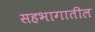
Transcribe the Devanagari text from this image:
सहभागातील